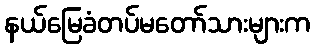
နယ်မြေခံတပ်မတော်သားများက